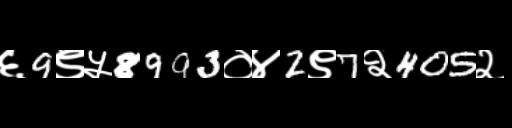
Text: ६9९५8993०४2९7२405२